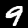
Label: 9